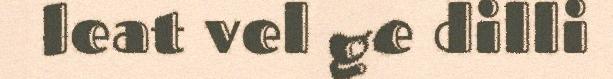
leat vel ge dilli